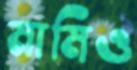
মামিও